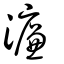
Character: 濓